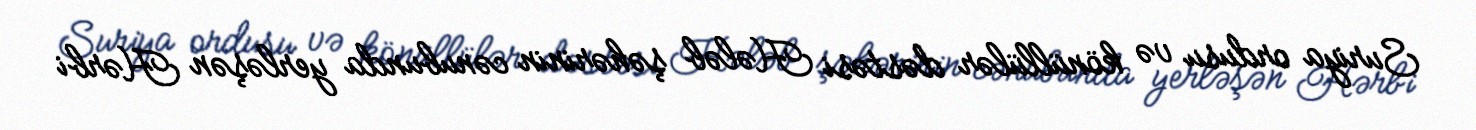
Suriya ordusu və könüllülər dəstəsi Hələb şəhərinin cənubunda yerləşən Hərbi